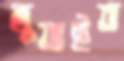
জুতাইত